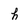
Character: h